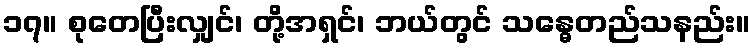
၁၇။ စုတေပြီးလျှင်၊ တို့အရှင်၊ ဘယ်တွင် သန္ဓေတည်သနည်း။